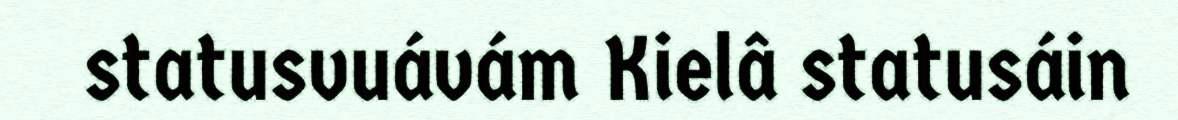
statusvuávám Kielâ statusáin